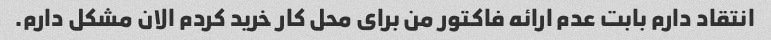
انتقاد دارم بابت عدم ارائه فاکتور من برای محل کار خرید کردم الان مشکل دارم.